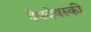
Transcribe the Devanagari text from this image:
देवदेवस्की